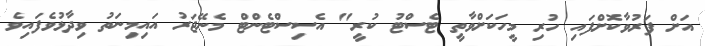
އަށް ފަރުވާކޮށްފައި ހުރި މީހަކަށްވާތީ ޓެސްޓު ކުރީ" އެސިސްޓެންޓް މެނޭޖަރު އައިމިނަތު ވިދާޅުވެފައިވެ